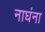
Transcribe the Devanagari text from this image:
नाघंना